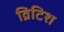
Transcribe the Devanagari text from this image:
व्रिटिश